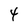
Character: 4